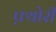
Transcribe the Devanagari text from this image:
फ़्योरी